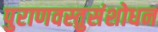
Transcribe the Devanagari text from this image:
पुराणवस्तुसंशोधन